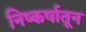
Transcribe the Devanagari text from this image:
निष्कर्षातून